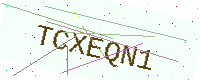
Text: TCXEQN1